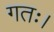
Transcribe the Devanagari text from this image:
गतः।